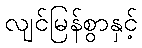
လျင်မြန်စွာနှင့်